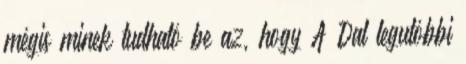
mégis minek tudható be az, hogy A Dal legutóbbi